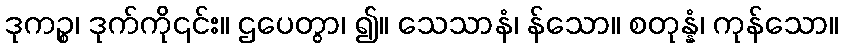
ဒုကဉ္စ၊ ဒုက်ကို၎င်း။ ဌပေတွာ၊ ၍။ သေသာနံ၊ န်သော။ စတုန္နံ၊ ကုန်သော။